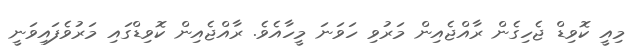
މިއީ ކޮވިޑް ޖެހިގެން ރާއްޖެއިން މަރުވި ހަވަނަ މީހާއެވެ. ރާއްޖެއިން ކޮވިޑްގަައި މަރުވެފައިވަނީ